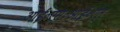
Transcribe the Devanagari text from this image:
आई॰एस॰आई॰एल